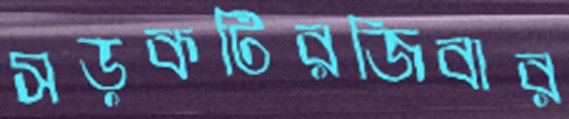
সড়কটিরজিবার